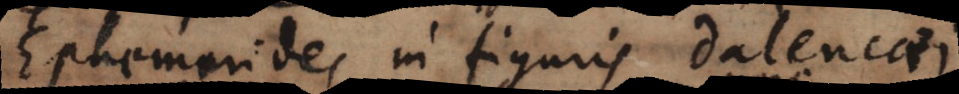
Ephemerides in figuris Dalencaei.